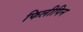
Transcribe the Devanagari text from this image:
फिलीपिन